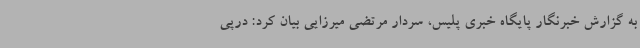
به گزارش خبرنگار پایگاه خبری پلیس، سردار مرتضی میرزایی بیان کرد: درپی